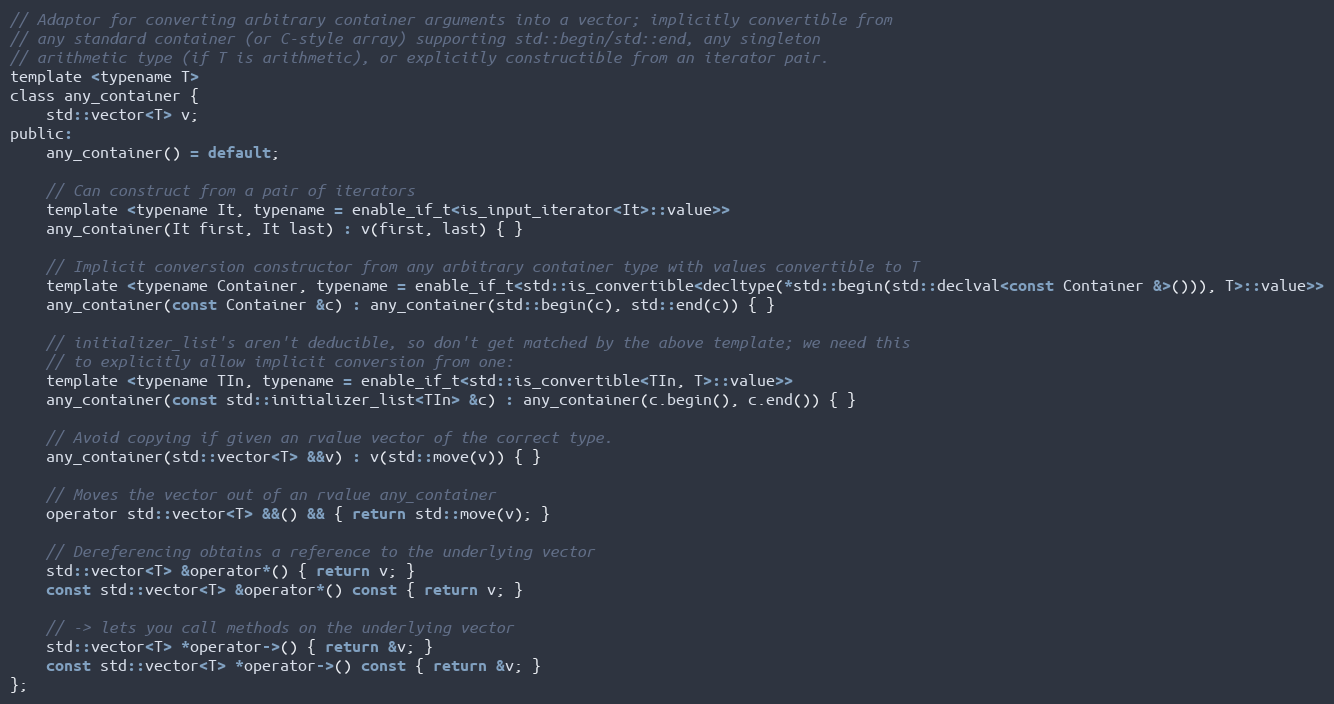
Language: C
// Adaptor for converting arbitrary container arguments into a vector; implicitly convertible from
// any standard container (or C-style array) supporting std::begin/std::end, any singleton
// arithmetic type (if T is arithmetic), or explicitly constructible from an iterator pair.
template <typename T>
class any_container {
    std::vector<T> v;
public:
    any_container() = default;

    // Can construct from a pair of iterators
    template <typename It, typename = enable_if_t<is_input_iterator<It>::value>>
    any_container(It first, It last) : v(first, last) { }

    // Implicit conversion constructor from any arbitrary container type with values convertible to T
    template <typename Container, typename = enable_if_t<std::is_convertible<decltype(*std::begin(std::declval<const Container &>())), T>::value>>
    any_container(const Container &c) : any_container(std::begin(c), std::end(c)) { }

    // initializer_list's aren't deducible, so don't get matched by the above template; we need this
    // to explicitly allow implicit conversion from one:
    template <typename TIn, typename = enable_if_t<std::is_convertible<TIn, T>::value>>
    any_container(const std::initializer_list<TIn> &c) : any_container(c.begin(), c.end()) { }

    // Avoid copying if given an rvalue vector of the correct type.
    any_container(std::vector<T> &&v) : v(std::move(v)) { }

    // Moves the vector out of an rvalue any_container
    operator std::vector<T> &&() && { return std::move(v); }

    // Dereferencing obtains a reference to the underlying vector
    std::vector<T> &operator*() { return v; }
    const std::vector<T> &operator*() const { return v; }

    // -> lets you call methods on the underlying vector
    std::vector<T> *operator->() { return &v; }
    const std::vector<T> *operator->() const { return &v; }
};